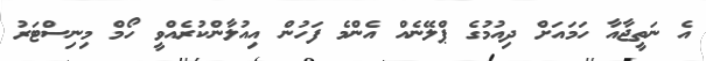
އެ ނަތީޖާއާ ހަމައަށް ދިއުމުގެ ޕްލޭނެއް އެންމެ ފަހުން އިއުލާންކުރެއްވީ ހޯމް މިނިސްޓަރު